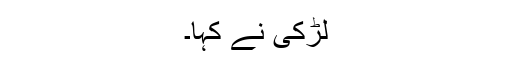
لڑکی نے کہا۔